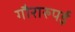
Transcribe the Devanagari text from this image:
गौरारुपई